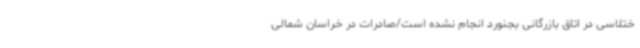
ختلاسی در اتاق بازرگانی بجنورد انجام نشده است/صادرات در خراسان شمالی